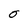
Character: O